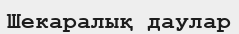
Шекаралық даулар